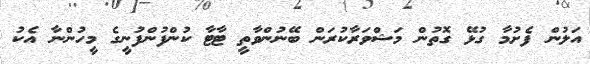
އަލުން ފެށުމާ ގުޅޭ ގޮތުން މަޝްވަރާކުރަން ބޭނުންވާތީ ޓާޓާ ކުންފުންފުނީގެ މީހުންނާ އެކު